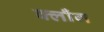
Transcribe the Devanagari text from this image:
क्लाँग